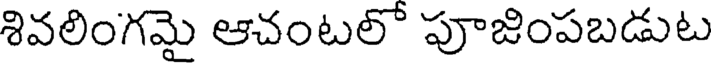
శివలింగమై ఆచంటలో పూజింపబడుట